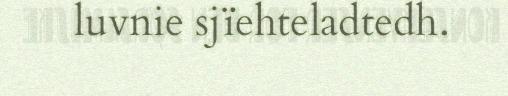
luvnie sjïehteladtedh.